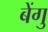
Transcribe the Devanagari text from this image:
बेंगु